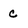
Character: c